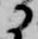
に